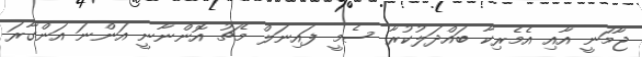
ޖާމަނީ އާއި އެމެރިކާ ބައްދަލުކުރާ ސެމީ ފައިނަލް މެޗު އޮންނާނީ އަންނަ އަންގާރަ